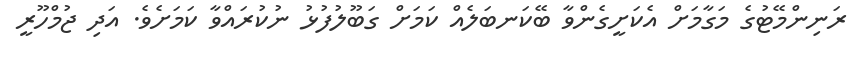
ރަނިންމޭޓުގެ މަގާމަށް އެކަށީގެންވާ ބޭކަނބަލެއް ކަމަށް ގަބޫލުފުޅު ނުކުރައްވާ ކަމަށެވެ. އަދި ޖުމްހޫރީ